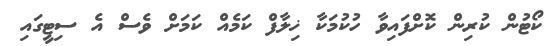
ކޯޓުން ކުރިން ކޮށްފައިވާ ހުކުމަކާ ޚިލާފް ކަމެއް ކަމަށް ވެސް އެ ސިޓީގައި